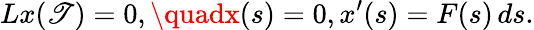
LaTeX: Lx(\mathscr{T})=0,\quadx(s)=0,x^{\prime}(s)=F(s)\, ds.